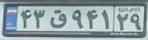
۴۳ق۹۴۱۲۹